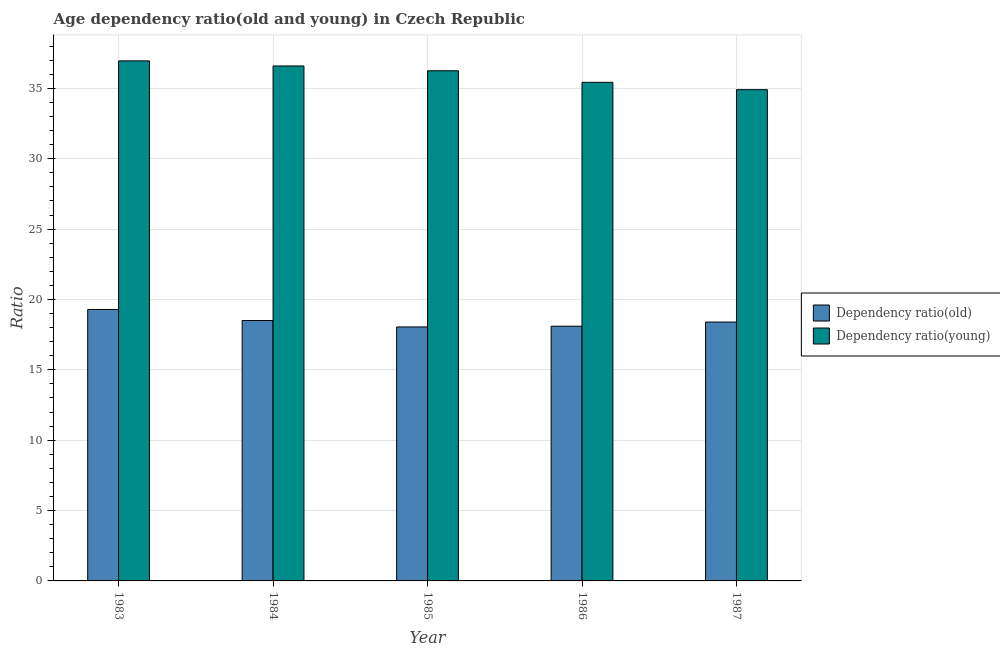
| Year | Dependency ratio(old) | Dependency ratio(young) |
 | --- | --- | --- |
 | 1983 | 19.3 | 37 |
 | 1984 | 18.5 | 36.6 |
 | 1985 | 18 | 36.3 |
 | 1986 | 18.1 | 35.4 |
 | 1987 | 18.4 | 34.9 |